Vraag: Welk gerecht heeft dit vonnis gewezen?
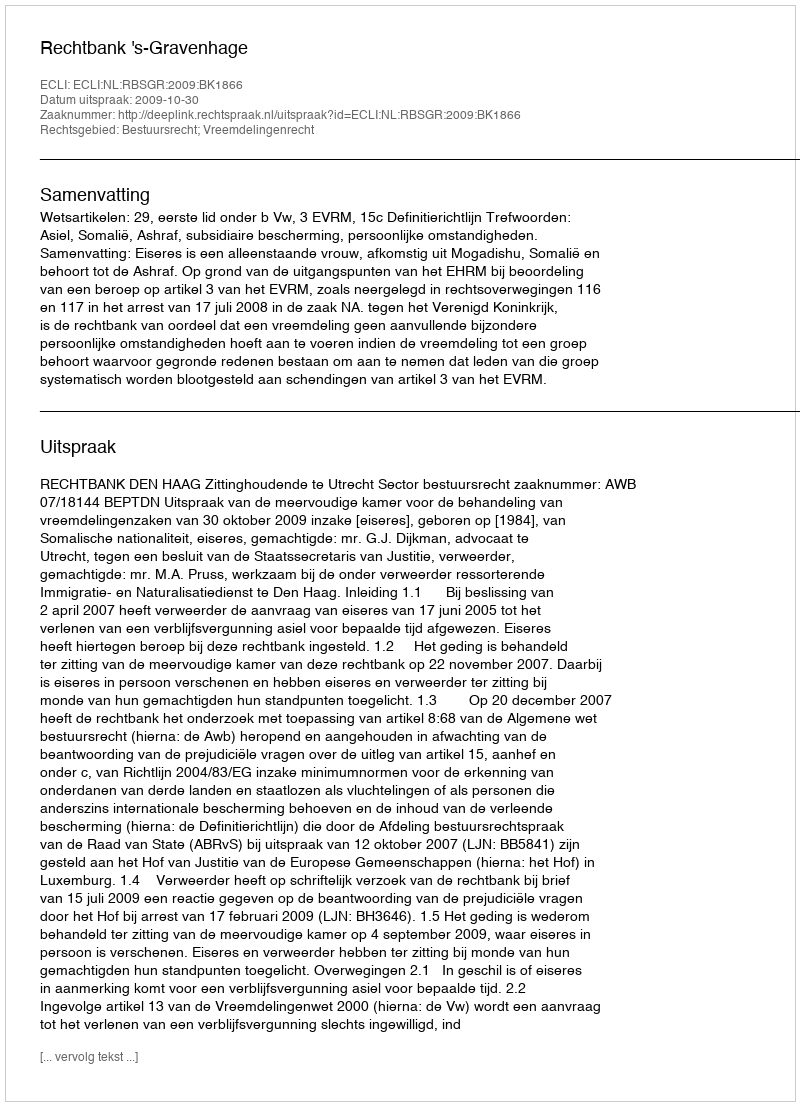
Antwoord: Rechtbank 's-Gravenhage